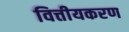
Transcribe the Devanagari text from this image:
वित्तीयकरण